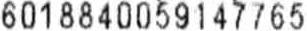
6018840059147765